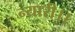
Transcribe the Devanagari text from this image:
न्यारी।।